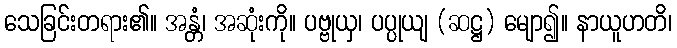
သေခြင်းတရား၏။ အန္တံ၊ အဆုံးကို။ ပဗ္ဗုယှ၊ ပပ္ပုယျ (ဆဋ္ဌ) မျော၍။ နာယူဟတိ၊